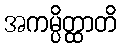
အကမ္ပိတ္ထာတိ